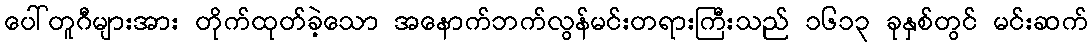
ပေါ်တူဂီများအား တိုက်ထုတ်ခဲ့သော အနောက်ဘက်လွန်မင်းတရားကြီးသည် ၁၆၁၃ ခုနှစ်တွင် မင်းဆက်